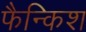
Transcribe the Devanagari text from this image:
फैन्किश